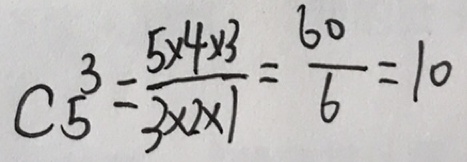
c ^ { 3 } _ { 5 } = \frac { 5 \times 4 \times 3 } { 3 \times 2 \times 1 } = \frac { 6 0 } { 6 } = 1 0